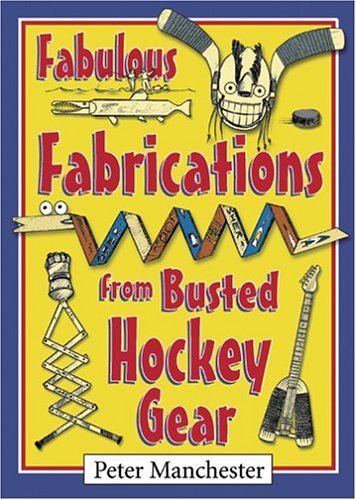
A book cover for Fabulous Fabrications from Busted Hockey Gear; Peter Manchester; Humor & Entertainment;